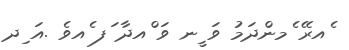
ެއރޭ ެމންދަމު ވަ ީނ ވަ ްއދާ ަފ ެއވެ .އަ ިދ